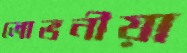
লোভনীয়া